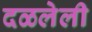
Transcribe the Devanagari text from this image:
दळलेली